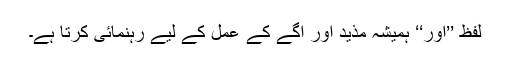
لفظ ’’اور‘‘ ہمیشہ مذید اور آگے کے عمل کے لیے رہنمائی کرتا ہے۔